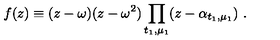
f ( z ) \equiv ( z - \omega ) ( z - \omega ^ { 2 } ) \prod _ { t _ { 1 } , \mu _ { 1 } } ( z - \alpha _ { t _ { 1 } , \mu _ { 1 } } ) \ .